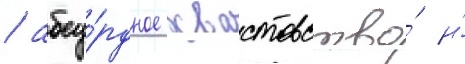
/ абсу́рдное хвастовство́ и́